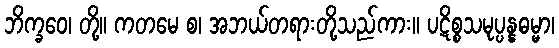
ဘိက္ခဝေ၊ တို့။ ကတမေ စ၊ အဘယ်တရားတို့သည်ကား။ ပဋိစ္စသမုပ္ပန္နဓမ္မာ၊